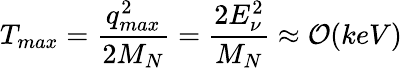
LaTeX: T_{max}=\frac{q_{max}^{2}}{2M_{N}}=\frac{2E_{\nu}^{2}}{M_{N}}\approx\mathcal{O}(keV)